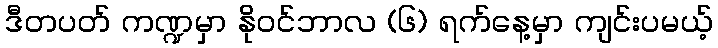
ဒီတပတ် ကဏ္ဍမှာ နိုဝင်ဘာလ (၆) ရက်နေ့မှာ ကျင်းပမယ့်